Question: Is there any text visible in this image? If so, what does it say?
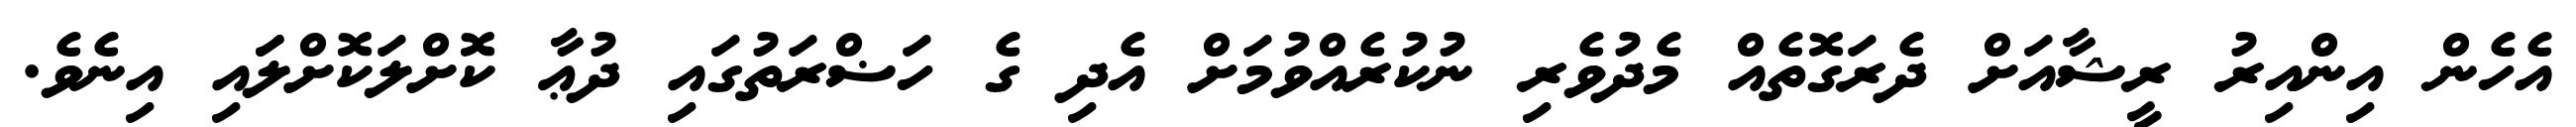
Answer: އެހެން އިންއިރު ރީޝާއަށް ދެރަގޮތެއް މެދުވެރި ނުކުރެއްވުމަށް އެދި ގެ ހަޟްރަތުގައި ދުޢާ ކޮށްލަކޮށްލަައި އިނެވެ.